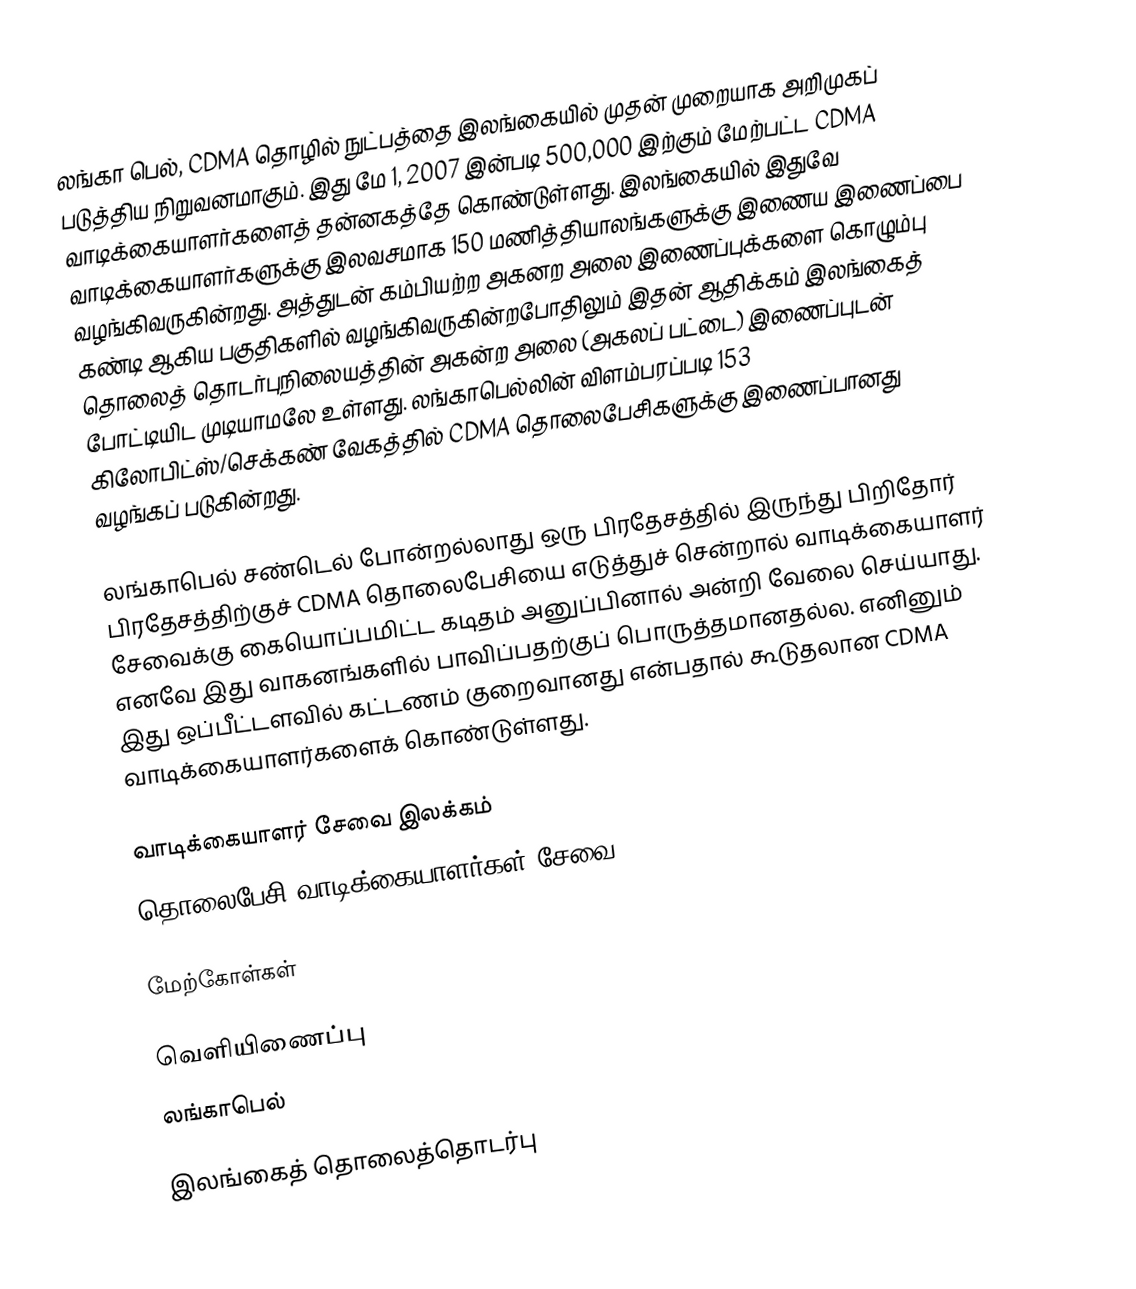
லங்கா பெல், CDMA தொழில் நுட்பத்தை இலங்கையில் முதன் முறையாக அறிமுகப் படுத்திய நிறுவனமாகும். இது மே 1, 2007 இன்படி 500,000 இற்கும் மேற்பட்ட CDMA வாடிக்கையாளர்களைத் தன்னகத்தே கொண்டுள்ளது. இலங்கையில் இதுவே வாடிக்கையாளர்களுக்கு இலவசமாக 150 மணித்தியாலங்களுக்கு இணைய இணைப்பை வழங்கிவருகின்றது. அத்துடன் கம்பியற்ற அகனற அலை இணைப்புக்களை கொழும்பு கண்டி ஆகிய பகுதிகளில் வழங்கிவருகின்றபோதிலும் இதன் ஆதிக்கம் இலங்கைத் தொலைத் தொடர்புநிலையத்தின் அகன்ற அலை (அகலப் பட்டை) இணைப்புடன் போட்டியிட முடியாமலே உள்ளது. லங்காபெல்லின் விளம்பரப்படி 153 கிலோபிட்ஸ்/செக்கண் வேகத்தில் CDMA தொலைபேசிகளுக்கு இணைப்பானது வழங்கப் படுகின்றது.

லங்காபெல் சண்டெல் போன்றல்லாது ஒரு பிரதேசத்தில் இருந்து பிறிதோர் பிரதேசத்திற்குச் CDMA தொலைபேசியை எடுத்துச் சென்றால் வாடிக்கையாளர் சேவைக்கு கையொப்பமிட்ட கடிதம் அனுப்பினால் அன்றி வேலை செய்யாது. எனவே இது வாகனங்களில் பாவிப்பதற்குப் பொருத்தமானதல்ல. எனினும் இது ஒப்பீட்டளவில் கட்டணம் குறைவானது என்பதால் கூடுதலான CDMA வாடிக்கையாளர்களைக் கொண்டுள்ளது.

வாடிக்கையாளர் சேவை இலக்கம்
தொலைபேசி வாடிக்கையாளர்கள் சேவை : 011-5375375

மேற்கோள்கள்

வெளியிணைப்பு
 லங்காபெல்

இலங்கைத் தொலைத்தொடர்பு